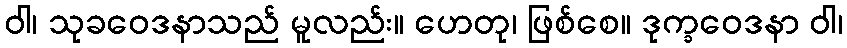
ဝါ၊ သုခဝေဒနာသည် မူလည်း။ ဟေတု၊ ဖြစ်စေ။ ဒုက္ခဝေဒနာ ဝါ၊